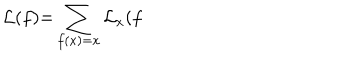
\mathcal { L ( } f \mathcal { ) = } \sum _ { f ( x ) = x } \mathcal { L } _ { x } \mathcal { ( } f